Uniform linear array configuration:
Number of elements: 8
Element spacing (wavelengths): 0.25
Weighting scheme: binomial
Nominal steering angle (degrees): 0
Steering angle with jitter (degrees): -0.7878
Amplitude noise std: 0.05
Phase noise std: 0.05

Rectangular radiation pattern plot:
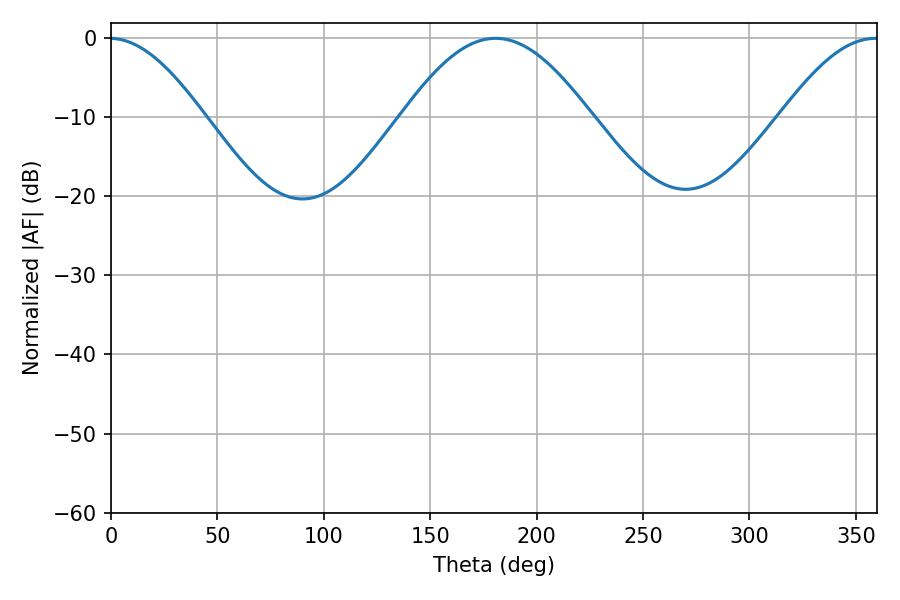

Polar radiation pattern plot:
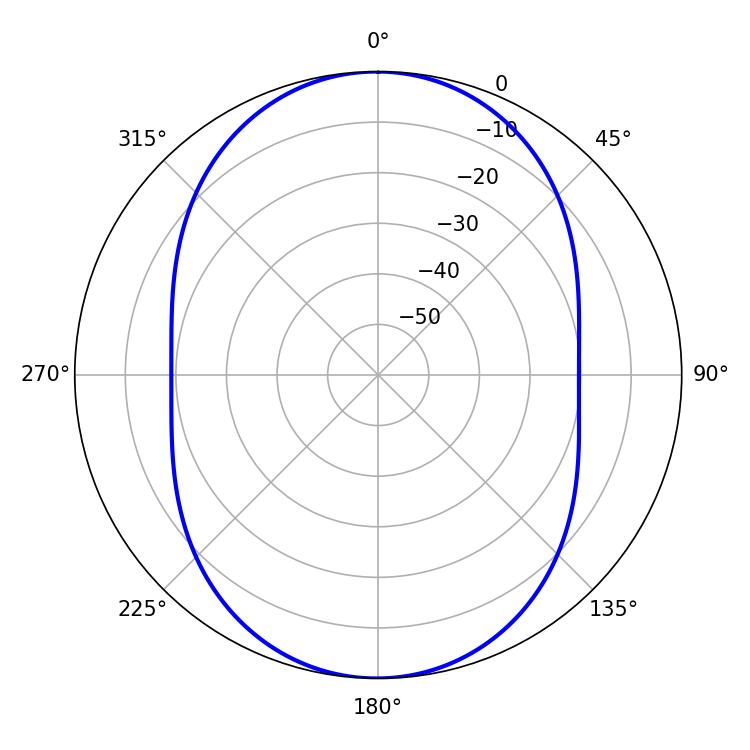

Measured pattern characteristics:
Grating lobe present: FALSE
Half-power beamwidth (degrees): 47.7
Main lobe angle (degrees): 180.72